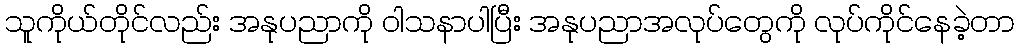
သူကိုယ်တိုင်လည်း အနုပညာကို ဝါသနာပါပြီး အနုပညာအလုပ်တွေကို လုပ်ကိုင်နေခဲ့တာ